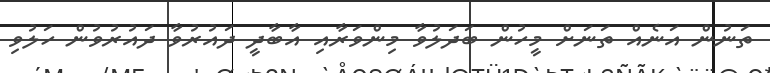
ތަނުން އަނެއް ތަނަށް މީހުން ބަދަލުވާ މިންވަރާއި އާބާދީ ދައުރުވާ ދައުރުވުން ހަލުވި